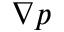
\nabla p